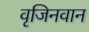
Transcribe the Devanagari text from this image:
वृजिनवान